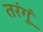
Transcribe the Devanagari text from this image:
तरंगूं